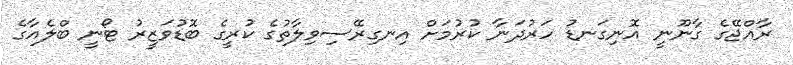
ރާއްޖޭގެ ގާނޫނީ އޮނިގަނޑު ހަރުދަނާ ކުރުމަށް އިނގިރޭސިވިލާތުގެ ކުރީގެ ބޮޑުވަޒީރު ޓޯނީ ބްލެއާގެ